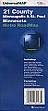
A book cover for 21 County Minneapolis & St. Paul, Minnesota Metro Roadmap; Universal Map; Travel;